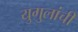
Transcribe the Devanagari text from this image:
युगुलांची